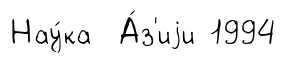
Нау́ка А́з'иjи 1994